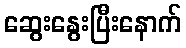
ဆွေးနွေးပြီးနောက်